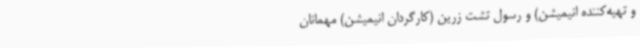
و تهیه‌کننده انیمیشن) و رسول تشت زرین (کارگردان انیمیشن) مهمانان